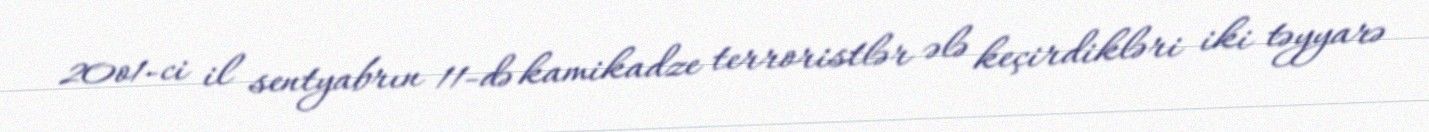
20o1-ci il sentyabrın 11-də kamikadze terroristlər ələ keçirdikləri iki təyyarə